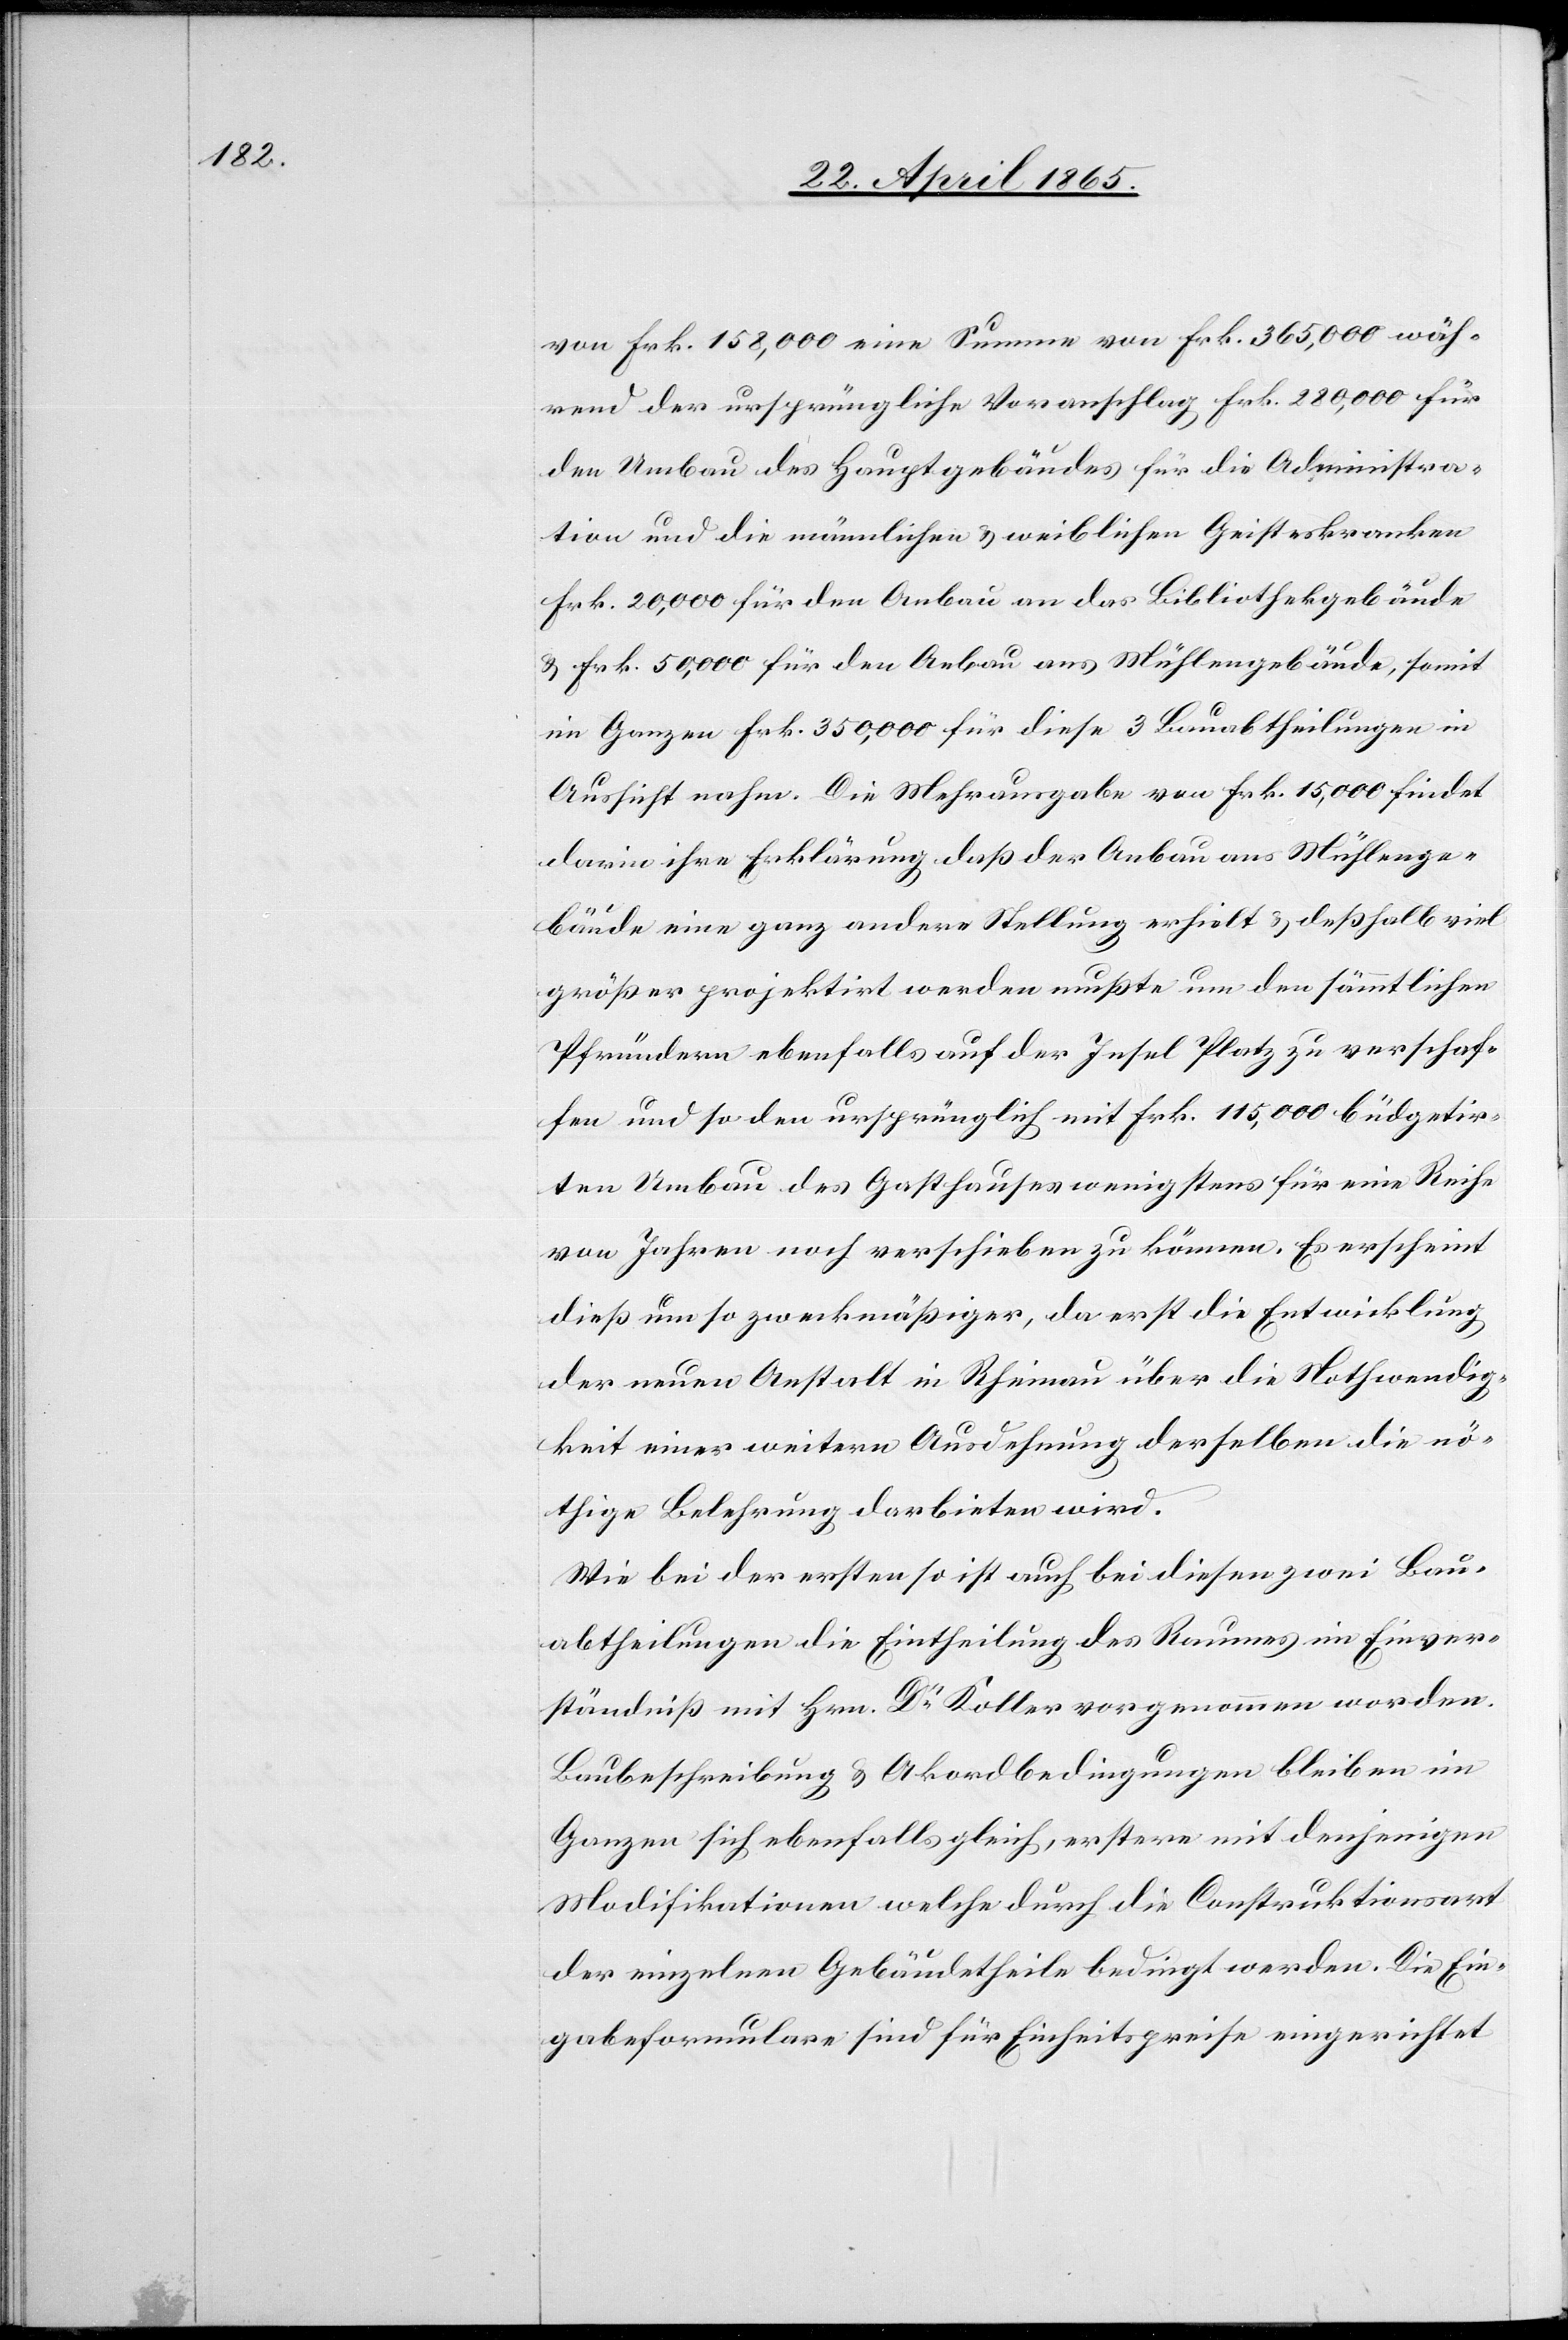
von Frk. 158,000 eine Summe von Frk. 365,000 wäh¬
rend der ursprüngliche Voranschlag Frk. 280,000 für
den Umbau des Hauptgebäudes für die Administra¬
tion und die männlichen & weiblichen Geisteskranken
Frk 20,000 für den Anbau an das Bibliothekgebäude
& Frk. 50,000 für den Anbau ans Mühlengebäude, somit
im Ganzen Frk. 350,000 für diese 3 Bauabtheilungen in
Aussicht nahm. Die Mehrausgabe von Frk. 15,000 findet
darin ihre Erklärung daß der Anbau ans Mühlenge¬
bäude eine ganz andere Stellung erhielt & deßhalb viel
größer projektirt werden mußte um den sämmtlichen
Pfründern ebenfalls auf der Insel Platz zu verschaf¬
fen und so den ursprünglich mit Frk. 115,000 büdgetir¬
ten Umbau des Gasthauses wenigstens für eine Reihe
von Jahren noch verschieben zu können. Es erscheint
dieß um so zweckmäßiger, da erst die Entwicklung
der neuen Anstalt in Rheinau über die Nothwendig¬
keit einer weitern Ausdehnung derselben die nö¬
thige Belehrung darbieten wird.
Wie bei der ersten so ist auch bei diesen zwei Bau¬
abtheilungen die Eintheilung des Raumes im Einver¬
ständniß mit Hrn. Dr Koller vorgenommen worden.
Baubeschreibung & Akordbedingungen bleiben im
Ganzen sich ebenfalls gleich, erstere mit denjenigen
Modifikationen welche durch die Construktionsart
der einzelnen Gebäudetheile bedingt werden. Die Ein¬
gabeformulare sind für Einheitspreise eingerichtet